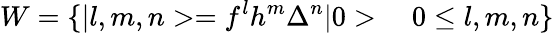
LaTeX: W=\{ \vert l,m,n>=f^{l}h^{m}\Delta^{n}\vert 0>\ \ \ \ 0\leq l,m,n\}